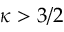
\kappa > 3 / 2